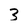
Character: 3